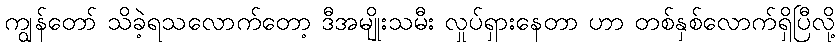
ကျွန်တော် သိခဲ့ရသလောက်တော့ ဒီအမျိုးသမီး လှုပ်ရှားနေတာ ဟာ တစ်နှစ်လောက်ရှိပြီလို့